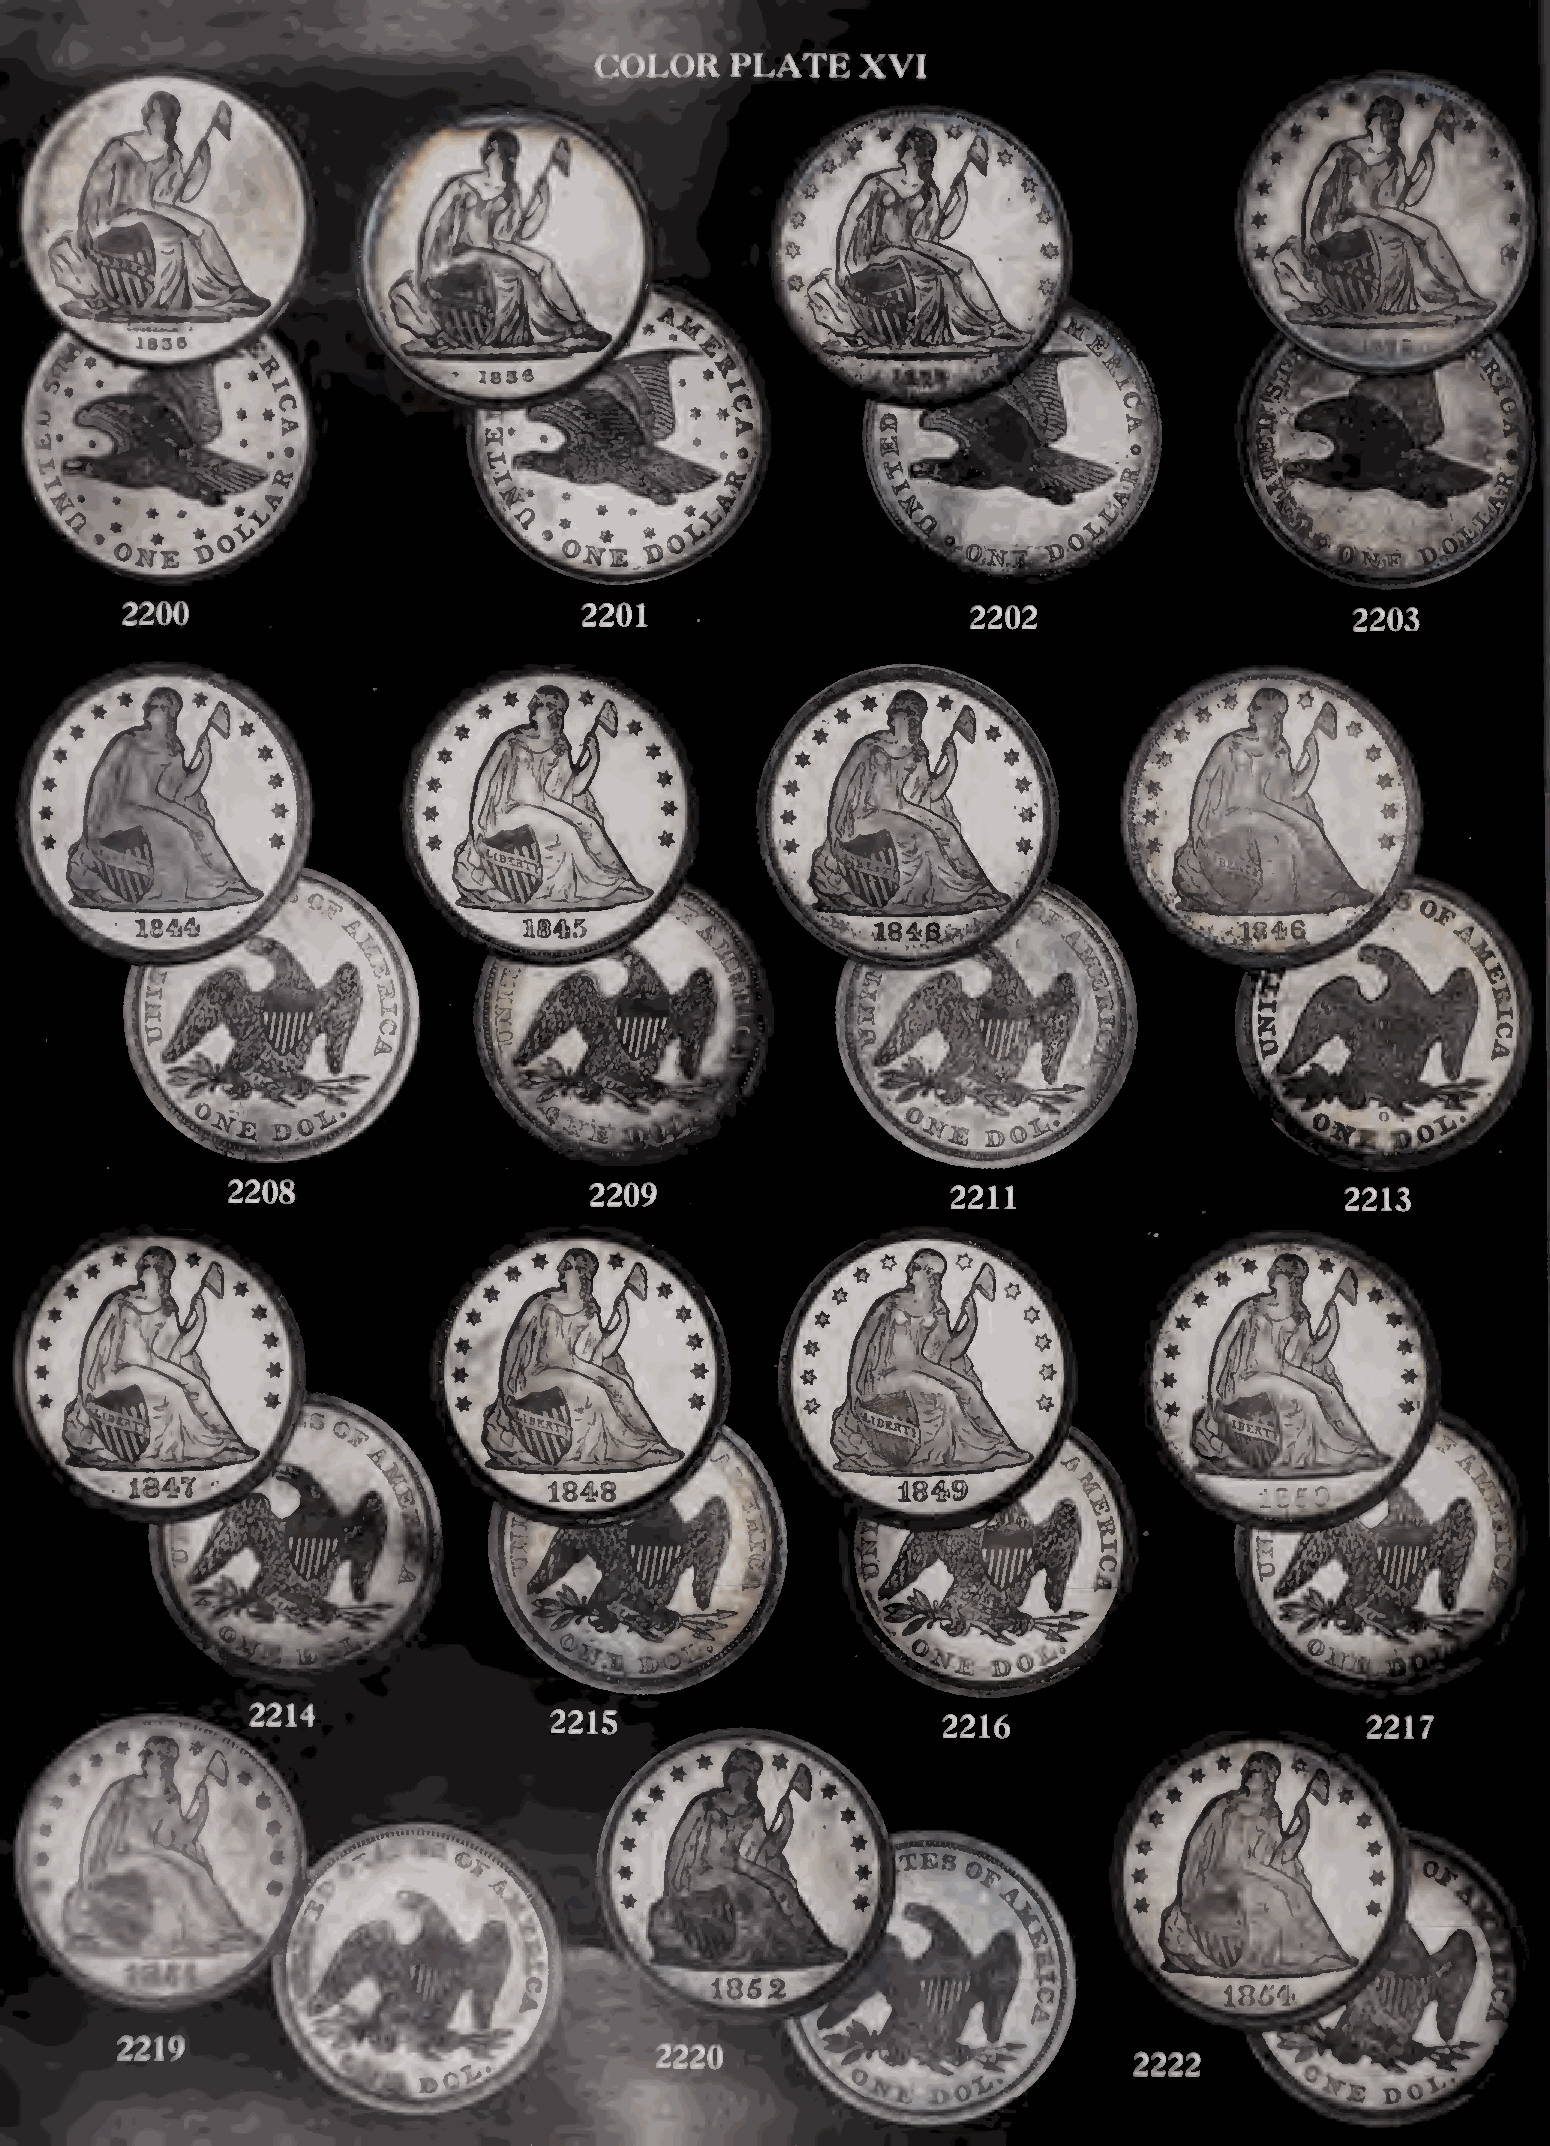
jsse
 1830
 IK
 P‘*>H
 Id
 r.i %         *                                             Hh     »
 • 1
 1 '*^* _t1hH                            8^^-*  »
 IIS45                  1846^
 1848
 xmrir,